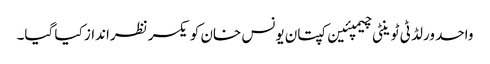
واحد ورلڈ ٹی ٹوینٹی چیمپئین کپتان یونس خان کو یکسر نظرانداز کیا گیا۔